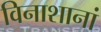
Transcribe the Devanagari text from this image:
विनाशानां